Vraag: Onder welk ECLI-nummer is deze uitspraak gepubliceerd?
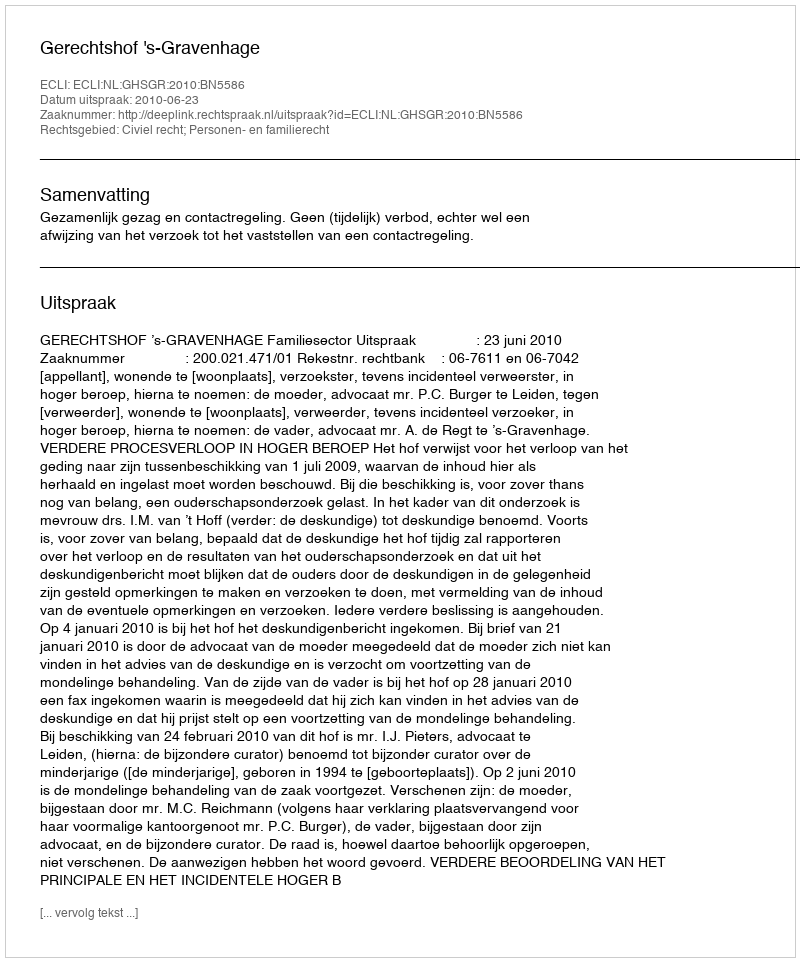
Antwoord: ECLI:NL:GHSGR:2010:BN5586